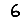
Digit: 6